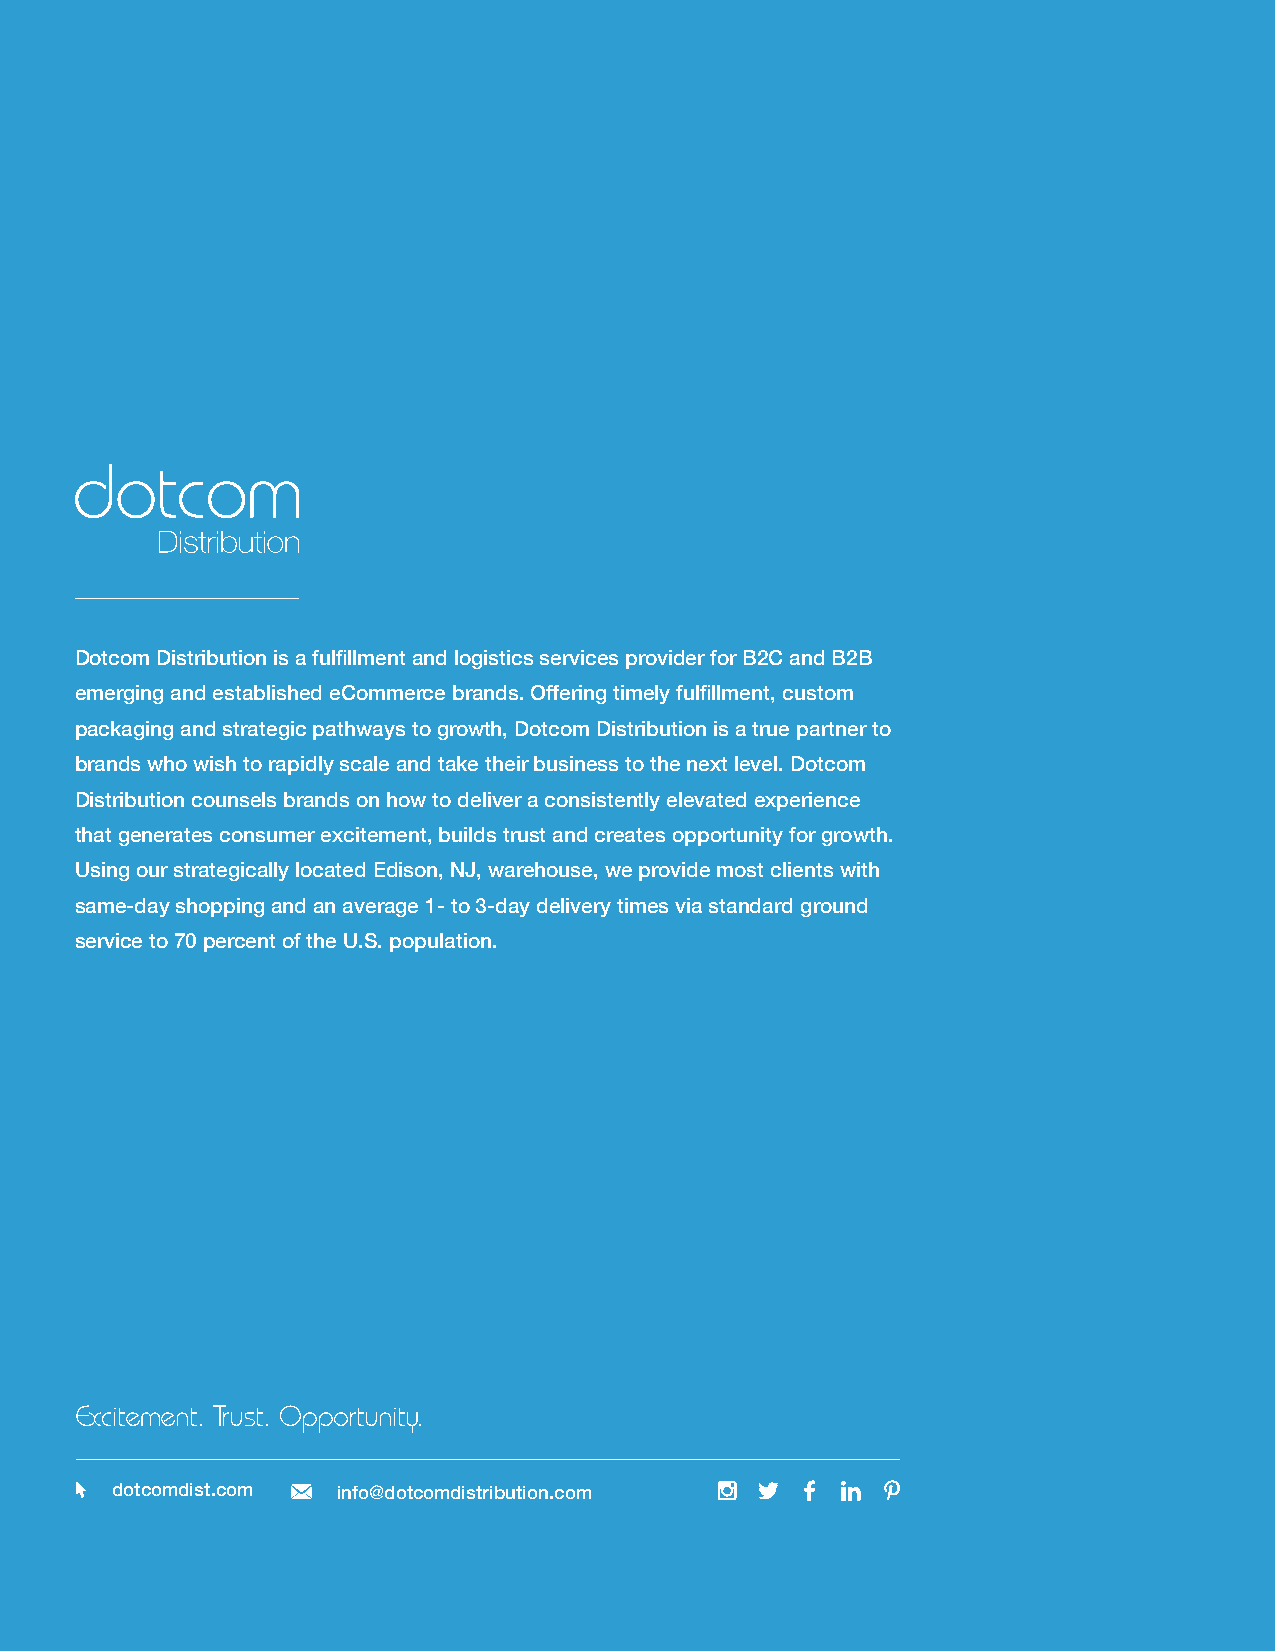
Dotcom Distribution is a fulfillment and logistics services provider for B2C and B2B
 emerging and established eCommerce brands. Offering timely fulfillment, custom
 packaging and strategic pathways to growth, Dotcom Distribution is a true partner to
 brands who wish to rapidly scale and take their business to the next level. Dotcom
 Distribution counsels brands on how to deliver a consistently elevated experience
 that generates consumer excitement, builds trust and creates opportunity for growth.
 Using our strategically located Edison, NJ, warehouse, we provide most clients with
 same-day shopping and an average 1- to 3-day delivery times via standard ground
 service to 70 percent of the U.S. population.
 Excitement. Trust. Opportunity.
 dotcomdist.com info@dotcomdistribution.com
 Dotcom Distribution eCommerce Study 2017                    www.dotcomdist.com 12